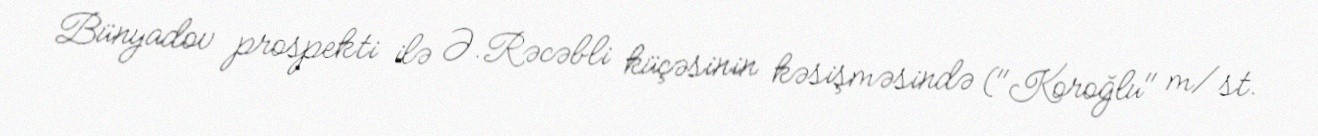
Bünyadov prospekti ilə Ə.Rəcəbli küçəsinin kəsişməsində ("Koroğlu" m/st.